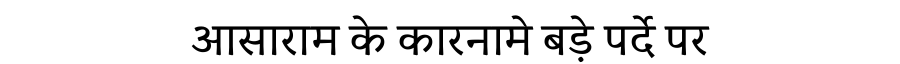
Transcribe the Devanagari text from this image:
आसाराम के कारनामे बड़े पर्दे पर